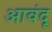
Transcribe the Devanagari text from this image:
आवंदू